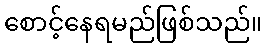
စောင့်နေရမည်ဖြစ်သည်။